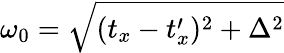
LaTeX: \omega_{0}=\sqrt{(t_{x}-t_{x}^{\prime})^{2}+\Delta^{2}}